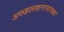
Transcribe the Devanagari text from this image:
अफझलखानासारख्या